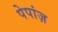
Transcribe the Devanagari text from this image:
पेपांज़